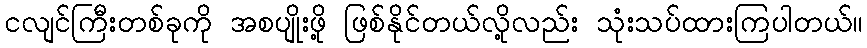
ငလျင်ကြီးတစ်ခုကို အစပျိုးဖို့ ဖြစ်နိုင်တယ်လို့လည်း သုံးသပ်ထားကြပါတယ်။